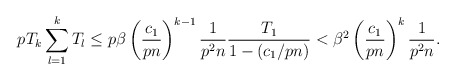
\begin{align*}p T_{k} \sum_{l=1}^{k}T_l \leq p \beta \left( \frac{c_1}{pn} \right)^{k-1} \frac{1}{p^2n} \frac{T_1}{1-(c_1/pn)}<\beta^2 \left( \frac{c_1}{pn} \right)^{k} \frac{1}{p^2n}.\end{align*}